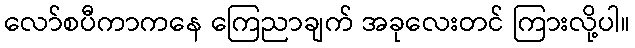
လော်စပီကာကနေ ကြေညာချက် အခုလေးတင် ကြားလို့ပါ။